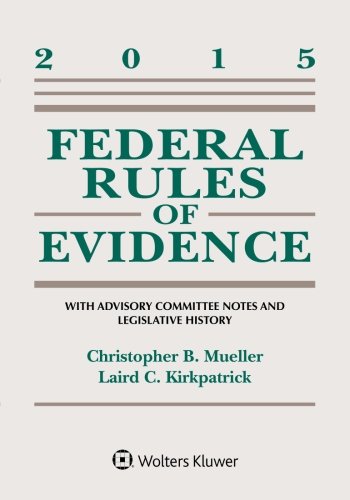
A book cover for Federal Rules of Evidence: With Advisory Committee Notes and Legislative History; Christopher B. Mueller; Law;